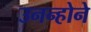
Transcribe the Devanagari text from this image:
उनन्होने